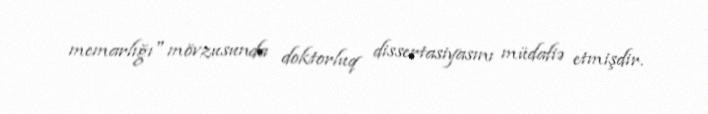
memarlığı" mövzusunda doktorluq dissertasiyasını müdafiə etmişdir.